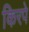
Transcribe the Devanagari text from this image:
किरपे